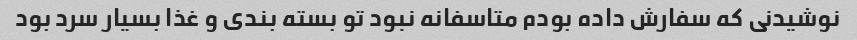
نوشیدنی که سفارش داده بودم متاسفانه نبود تو بسته بندی و غذا بسیار سرد بود